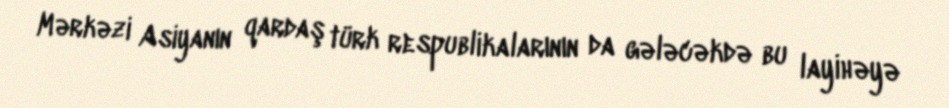
Mərkəzi Asiyanın qardaş türk respublikalarının da gələcəkdə bu layihəyə